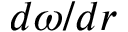
d \omega / d r